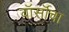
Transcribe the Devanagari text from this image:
वॉर्सॉचा